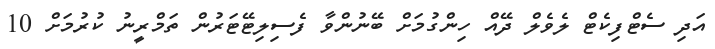
އަދި ސެޓްފިކެޓް ލެވެލް ދޭއް ހިންގުމަށް ބޭނުންވާ ފެސިލިޓޭޓަރުން ތަމްރީނު ކުރުމަށް 10